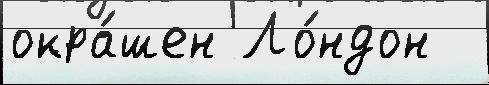
окра́шен Ло́ндон